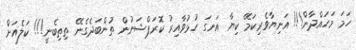
ހަމަ މަހައްދާން!!! އަނިޔާވެރިކަމޭ ކިޔާ އަނގަ ހުޅުވާއިރު ކޮރަޕްޝަނުން ތުންބަދެގެނޭ ތިތިބެނީ!!! ކަލެއަށް